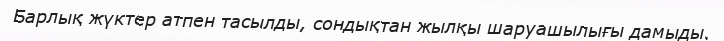
Барлық жүктер атпен тасылды, сондықтан жылқы шаруашылығы дамыды.